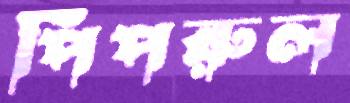
পিপরুল